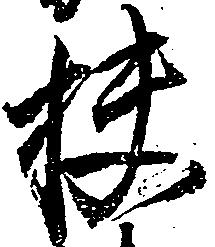
扶